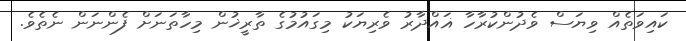
ކައިވަތެއް ވިޔަސް ވެދުންކުރާހާ ޣައްދާރު ވެރިޔަކު މިގައުމުގެ ތާރީޚުން މިހާތަނަށް ފެންނަން ނެތެވެ.